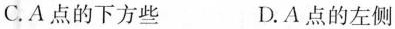
C.A点的下方些 D.A点的左侧